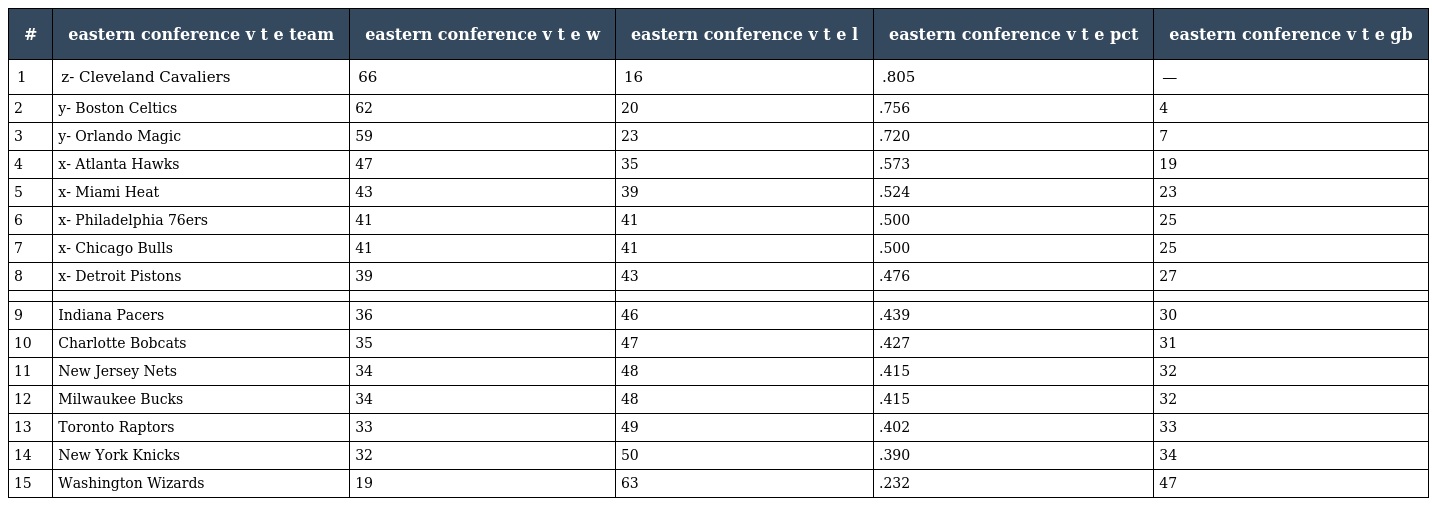
| # | eastern conference v t e team | eastern conference v t e w | eastern conference v t e l | eastern conference v t e pct | eastern conference v t e gb |
 | --- | --- | --- | --- | --- | --- |
 | 1 | z- Cleveland Cavaliers | 66 | 16 | .805 | — |
 | 2 | y- Boston Celtics | 62 | 20 | .756 | 4 |
 | 3 | y- Orlando Magic | 59 | 23 | .720 | 7 |
 | 4 | x- Atlanta Hawks | 47 | 35 | .573 | 19 |
 | 5 | x- Miami Heat | 43 | 39 | .524 | 23 |
 | 6 | x- Philadelphia 76ers | 41 | 41 | .500 | 25 |
 | 7 | x- Chicago Bulls | 41 | 41 | .500 | 25 |
 | 8 | x- Detroit Pistons | 39 | 43 | .476 | 27 |
 |  |  |  |  |  |  |
 | 9 | Indiana Pacers | 36 | 46 | .439 | 30 |
 | 10 | Charlotte Bobcats | 35 | 47 | .427 | 31 |
 | 11 | New Jersey Nets | 34 | 48 | .415 | 32 |
 | 12 | Milwaukee Bucks | 34 | 48 | .415 | 32 |
 | 13 | Toronto Raptors | 33 | 49 | .402 | 33 |
 | 14 | New York Knicks | 32 | 50 | .390 | 34 |
 | 15 | Washington Wizards | 19 | 63 | .232 | 47 |